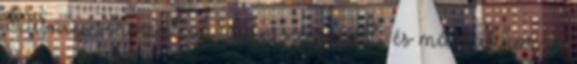
Disney sorozat ok? ban szerepelt, és már akkor is